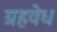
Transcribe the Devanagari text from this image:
ग्रहवेध